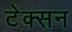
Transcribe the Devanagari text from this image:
टेक्सन